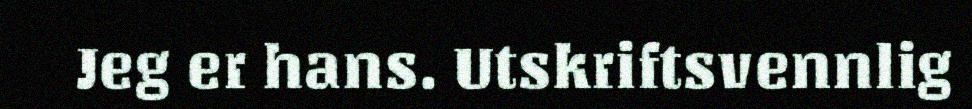
Jeg er hans. Utskriftsvennlig